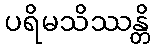
ပရိမသိဿန္တိ